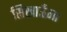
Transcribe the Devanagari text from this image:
सिखाऊँगा